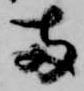
両